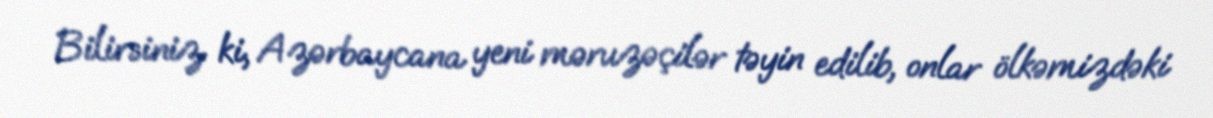
Bilirsiniz ki, Azərbaycana yeni məruzəçilər təyin edilib, onlar ölkəmizdəki